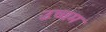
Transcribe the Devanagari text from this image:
उच्चम